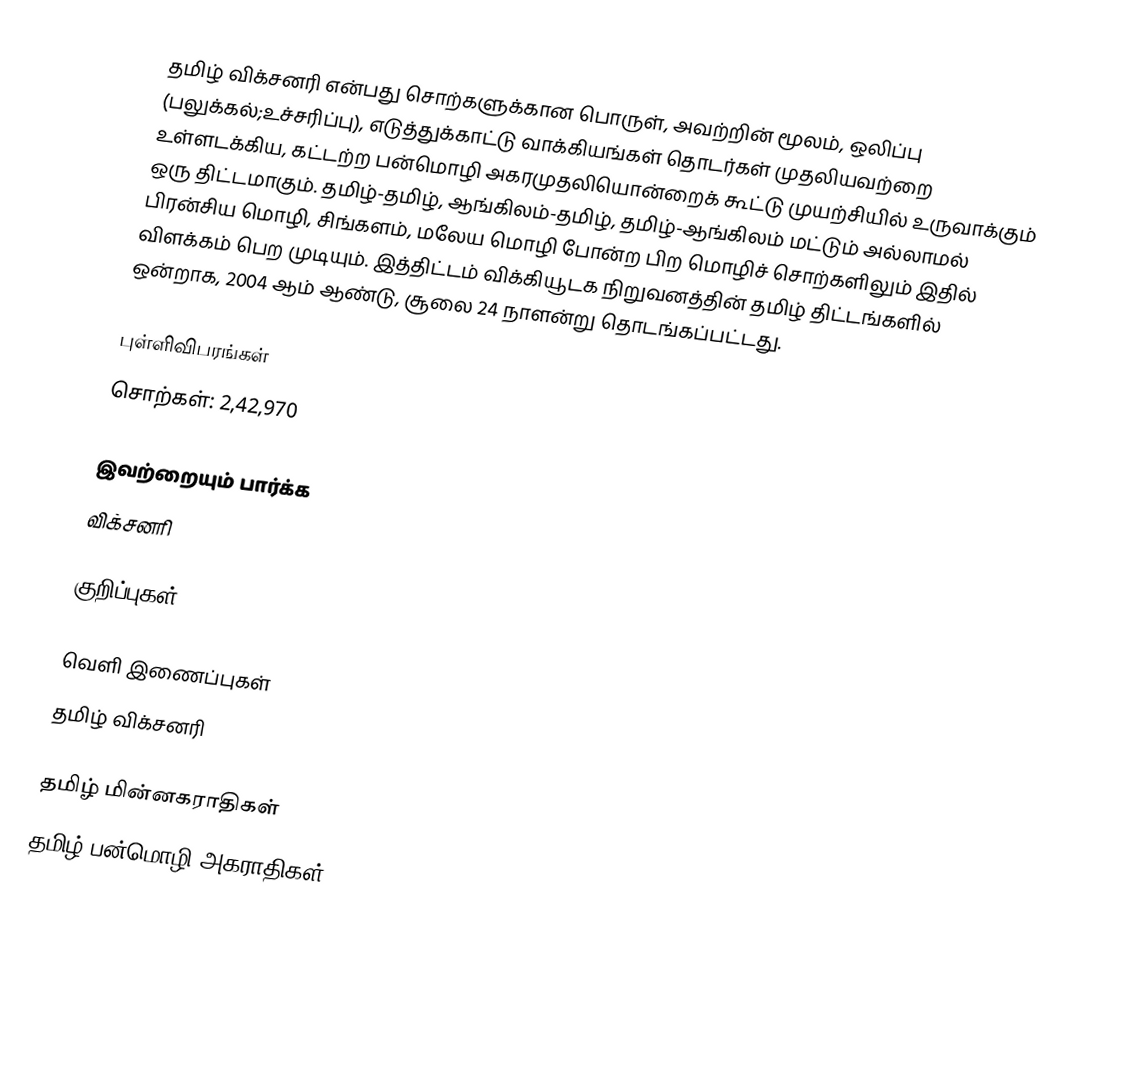
தமிழ் விக்சனரி என்பது சொற்களுக்கான பொருள், அவற்றின் மூலம், ஒலிப்பு (பலுக்கல்;உச்சரிப்பு), எடுத்துக்காட்டு வாக்கியங்கள் தொடர்கள் முதலியவற்றை உள்ளடக்கிய, கட்டற்ற பன்மொழி அகரமுதலியொன்றைக் கூட்டு முயற்சியில் உருவாக்கும் ஒரு திட்டமாகும். தமிழ்-தமிழ், ஆங்கிலம்-தமிழ், தமிழ்-ஆங்கிலம் மட்டும் அல்லாமல் பிரன்சிய மொழி, சிங்களம், மலேய மொழி போன்ற பிற மொழிச் சொற்களிலும் இதில் விளக்கம் பெற முடியும். இத்திட்டம் விக்கியூடக நிறுவனத்தின் தமிழ் திட்டங்களில் ஒன்றாக, 2004 ஆம் ஆண்டு, சூலை 24 நாளன்று தொடங்கப்பட்டது.

புள்ளிவிபரங்கள்
 சொற்கள்: 2,42,970

இவற்றையும் பார்க்க
 விக்சனரி

குறிப்புகள்

வெளி இணைப்புகள்
 தமிழ் விக்சனரி

தமிழ் மின்னகராதிகள்
தமிழ் பன்மொழி அகராதிகள்